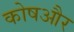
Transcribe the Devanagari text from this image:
कोषऔर